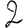
Digit: 2